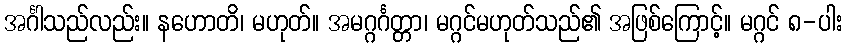
အင်္ဂါသည်လည်း။ နဟောတိ၊ မဟုတ်။ အမဂ္ဂင်္ဂတ္တာ၊ မဂ္ဂင်မဟုတ်သည်၏ အဖြစ်ကြောင့်။ မဂ္ဂင် ၈-ပါး